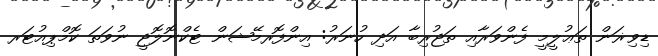
ޑިވިޜަން ތަޢުލީމީ ފެންވަރާއި ތަޖުރިބާ އަދި ހުނަރު: އިންފޮރމޭޝަން ޓެކްނޮލޮޖީ ނުވަތަ ކޮމްޕިއުޓަރ